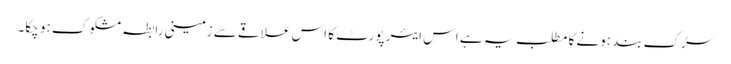
سڑک بند ہونے کا مطلب یہ ہے اس ایئر پورٹ کا اس علاقے سے زمینی رابطہ مشکوک ہو چکا۔